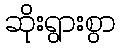
ဆိုးရွားစွာ